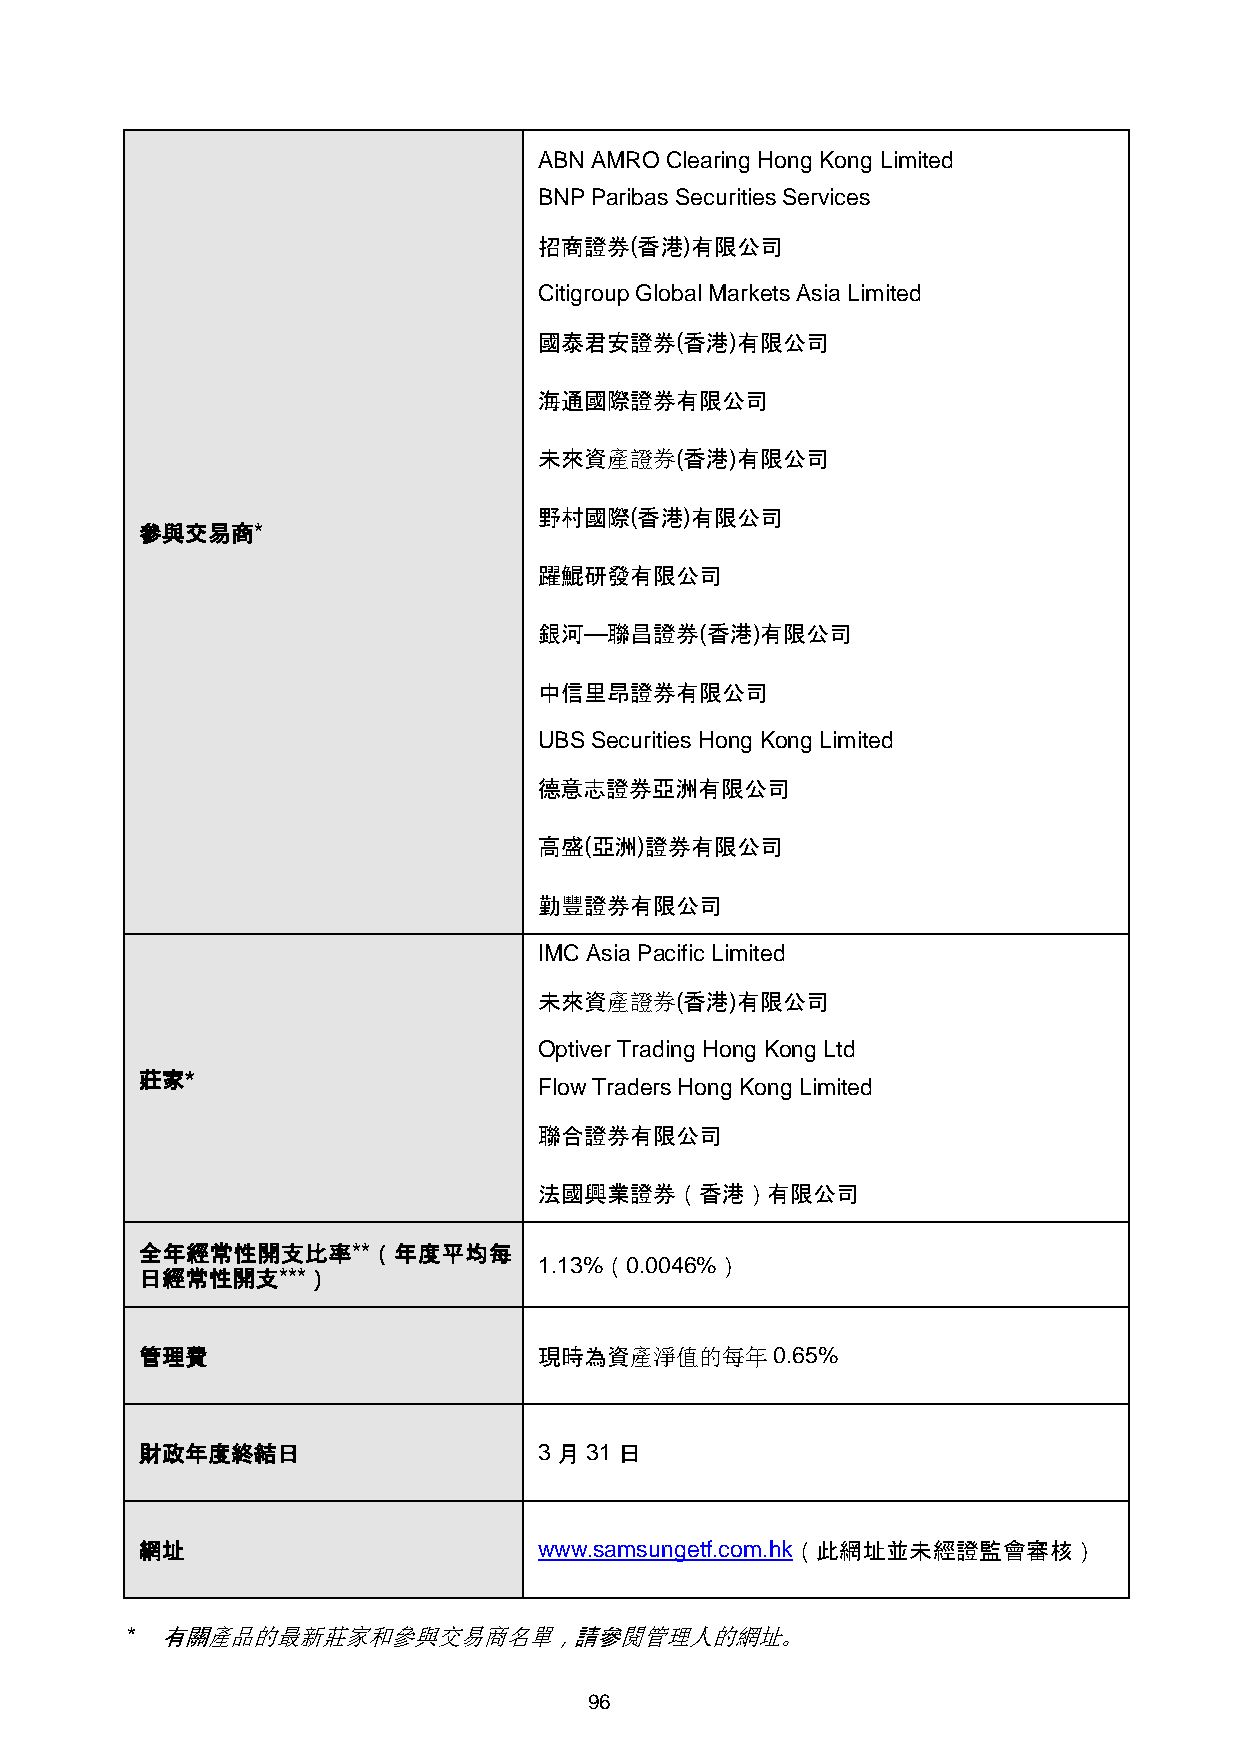
ABN AMRO Clearing Hong Kong Limited
 BNP Paribas Securities Services
 招商證券(香港)有限公司
 Citigroup Global Markets Asia Limited
 國泰君安證券(香港)有限公司
 海通國際證券有限公司
 未來資產證券(香港)有限公司
 野村國際(香港)有限公司
 參與交易商*
 躍鯤研發有限公司
 銀河—聯昌證券(香港)有限公司
 中信里昂證券有限公司
 UBS Securities Hong Kong Limited
 德意志證券亞洲有限公司
 高盛(亞洲)證券有限公司
 勤豐證券有限公司
 IMC Asia Pacific Limited
 未來資產證券(香港)有限公司
 Optiver Trading Hong Kong Ltd
 莊家*
 Flow Traders Hong Kong Limited
 聯合證券有限公司
 法國興業證券（香港）有限公司
 全年經常性開支比率**（年度平均每
 1.13%（0.0046%）
 日經常性開支***）
 管理費                        現時為資產淨值的每年0.65%
 財政年度終結日                    3月31日
 網址                         www.samsungetf.com.hk（此網址並未經證監會審核）
 *  有關產品的最新莊家和參與交易商名單，請參閱管理人的網址。
 96